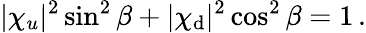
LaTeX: |\chi_{u}|^{2}\sin^{2}\beta+|\chi_{\mathrm{d}}|^{2}\cos^{2}\beta=1\, .